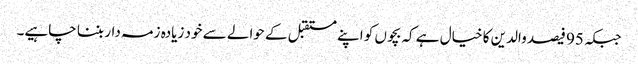
جبکہ 95 فیصد والدین کا خیال ہے کہ بچوں کو اپنے مستقبل کے حوالے سے خود زیادہ زمہ دار بننا چاہیے۔